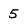
Character: 5